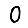
Digit: 0